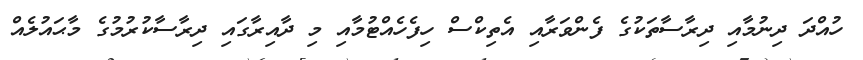
ހުއްދަ ދިނުމާއި ދިރާސާތަކުގެ ފެންވަރާއި އެތިކްސް ހިފެހެއްޓުމާއި މި ދާއިރާގައި ދިރާސާކުރުމުގެ މާޙައުލެއް